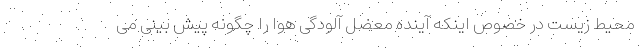
محیط زیست در خصوص اینکه آینده معضل آلودگی هوا را چگونه پیش بینی می